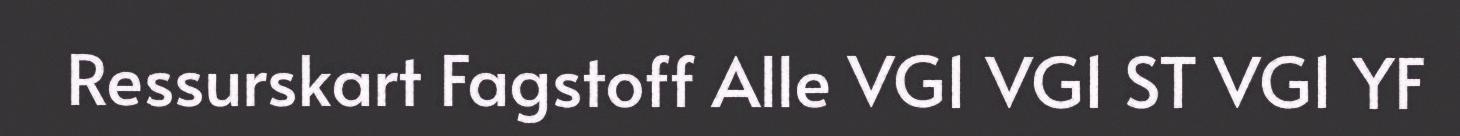
Ressurskart Fagstoff Alle VG1 VG1 ST VG1 YF